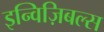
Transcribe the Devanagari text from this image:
इन्विज़िबल्स